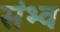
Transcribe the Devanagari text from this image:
संभ्व